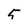
Character: 5